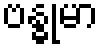
ဗန္ဓုမာ